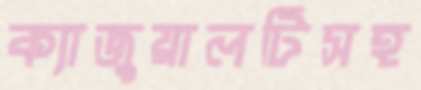
ক্যাজুয়ালটিসহ